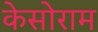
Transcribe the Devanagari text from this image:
केसोराम